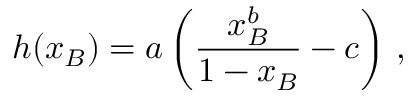
h ( x _ { B } ) = a \left( \frac { x _ { B } ^ { b } } { 1 - x _ { B } } - c \right) \, ,